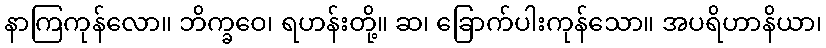
နာကြကုန်လော။ ဘိက္ခဝေ၊ ရဟန်းတို့။ ဆ၊ ခြောက်ပါးကုန်သော။ အပရိဟာနိယာ၊